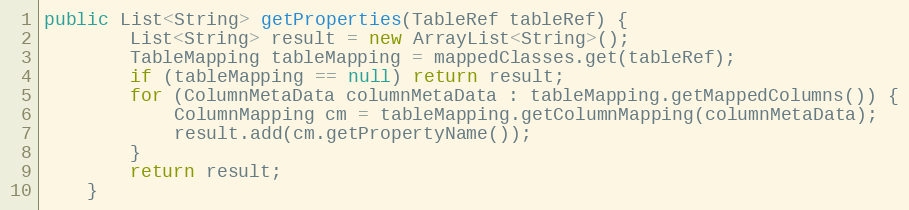
Language: Java
public List<String> getProperties(TableRef tableRef) {
        List<String> result = new ArrayList<String>();
        TableMapping tableMapping = mappedClasses.get(tableRef);
        if (tableMapping == null) return result;
        for (ColumnMetaData columnMetaData : tableMapping.getMappedColumns()) {
            ColumnMapping cm = tableMapping.getColumnMapping(columnMetaData);
            result.add(cm.getPropertyName());
        }
        return result;
    }